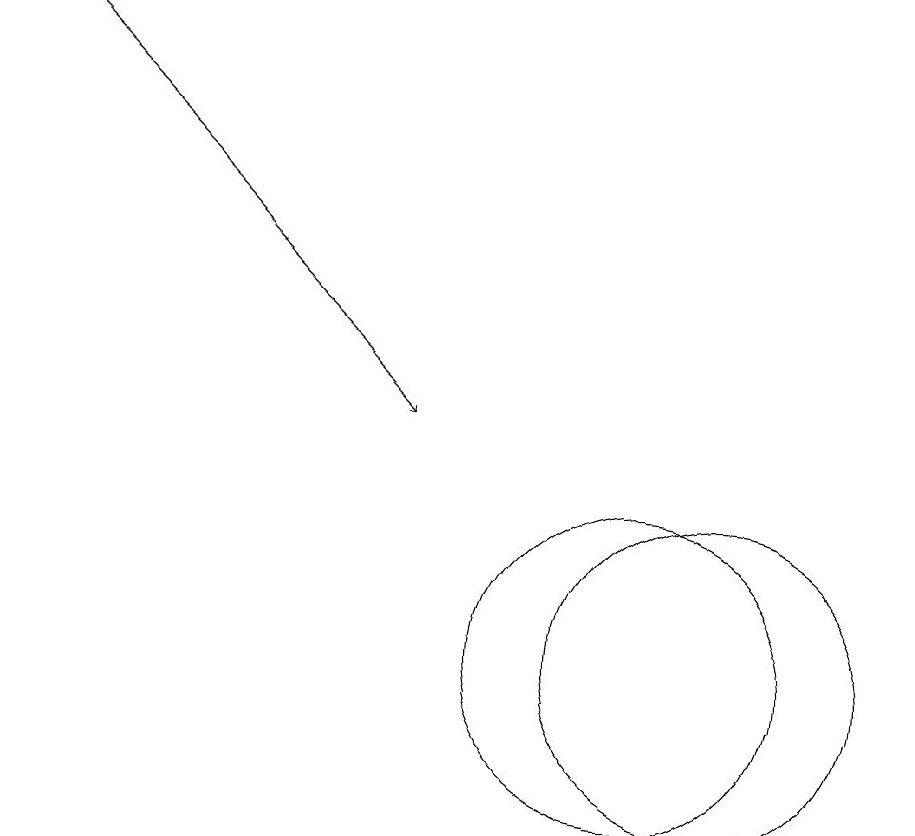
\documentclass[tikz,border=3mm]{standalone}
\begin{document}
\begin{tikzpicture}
\draw (11,10) circle (2);
\draw (12,10) circle (2);
\draw (12,10) circle (0);
\draw[->] (3,18) -- (8,13);
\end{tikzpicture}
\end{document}